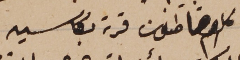
كلاهم قاطنون قرية بكاسين